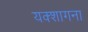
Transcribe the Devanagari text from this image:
यक्शागना